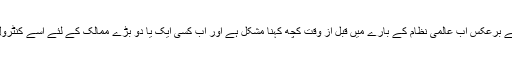
سرد جنگ کے دور کے برعکس اب عالمی نظام کے بارے میں قبل از وقت کچھ کہنا مشکل ہے اور اب کسی ایک یا دو بڑے ممالک کے لئے اسے کنٹرول کرنا ممکن نہیں رہا۔